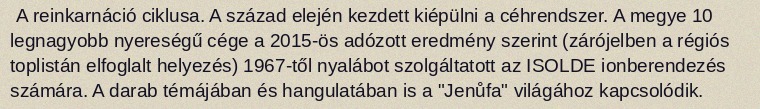
A reinkarnáció ciklusa. A század elején kezdett kiépülni a céhrendszer. A megye 10 legnagyobb nyereségű cége a 2015-ös adózott eredmény szerint (zárójelben a régiós toplistán elfoglalt helyezés) 1967-től nyalábot szolgáltatott az ISOLDE ionberendezés számára. A darab témájában és hangulatában is a "Jenůfa" világához kapcsolódik.